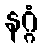
နဂ္ဂံ